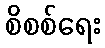
စိစစ်ရေး